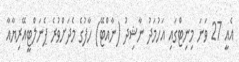
އެއީ 27 ވަނަ މިނިޓްގައި އަހުމަދު ނާޝިދު (ނާއްޓޭ) ހާފުގެ މެދަށްވުރެ ޕެނަލްޓީއޭރިޔާއާ